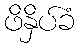
ဖိနှိပ်ခံ